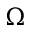
\Omega